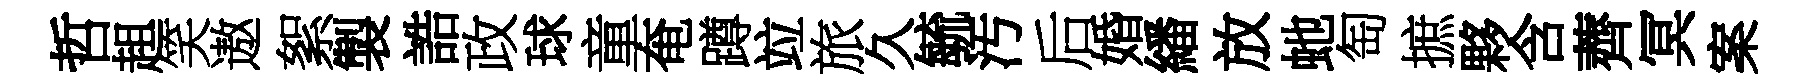
哲趄笑遨絮製誥政球童奄蹲竝旅久毓汚后婚繙放虵匋摭夥含薺冥案